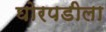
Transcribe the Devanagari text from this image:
घोरपडीला